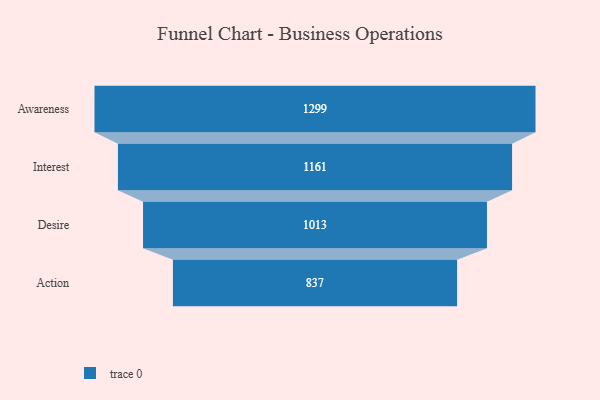
{"axis": {"x": "Stage", "y": "Value"}, "legend": [""], "data": [{"x": "Awareness", "y": 1299.0, "type": ""}, {"x": "Interest", "y": 1161.0, "type": ""}, {"x": "Desire", "y": 1013.0, "type": ""}, {"x": "Action", "y": 837.0, "type": ""}]}